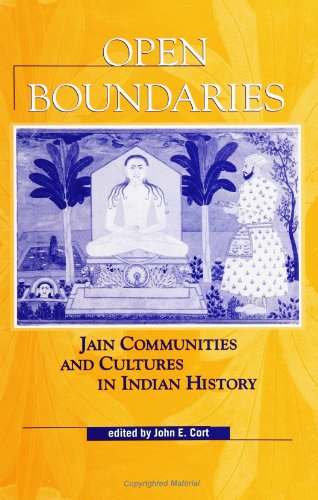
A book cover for Open Boundaries: Jain Communities and Cultures in Indian History (SUNY Series in Hindu Studies) (Suny Series, Hindu Studies); Religion & Spirituality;